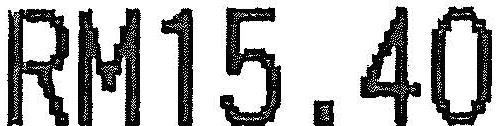
RM15.40